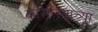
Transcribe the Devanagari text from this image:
कारेलियाच्या